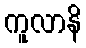
ကူလာနိ